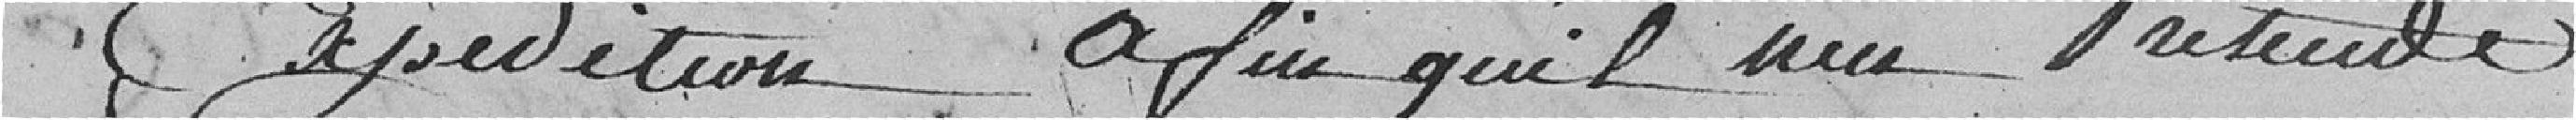
expédition afin qu'il n'en prétende